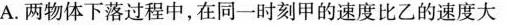
A.两物体下落过程中，在同一时刻甲的速度比乙的速度大